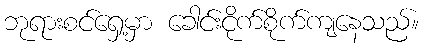
ဘုရားစင်ရှေ့မှာ ခေါင်းငိုက်စိုက်ကျနေသည်။